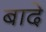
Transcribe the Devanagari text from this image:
बादे